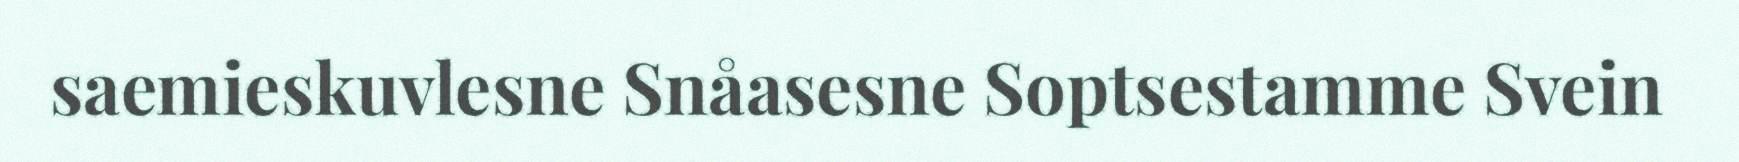
saemieskuvlesne Snåasesne Soptsestamme Svein